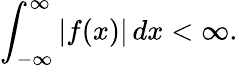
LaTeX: \int_{-\infty}^{\infty}|f(x)|\, dx<\infty.